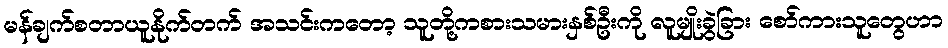
မန်ချက်စတာယူနိုက်တက် အသင်းကတော့ သူတို့ကစားသမားနှစ်ဦးကို လူမျိုးခွဲခြား စော်ကားသူတွေဟာ